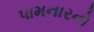
પામનારનો